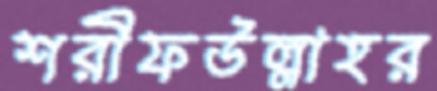
শরীফউল্লাহর